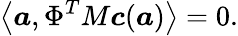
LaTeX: \left<\boldsymbol{a},\Phi^{T}M\boldsymbol{c}(\boldsymbol{a})\right>=0.